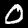
Digit: 0